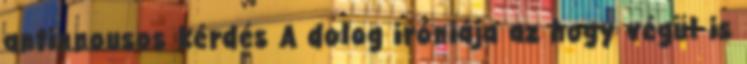
antinnousos kérdés A dolog iróniája az hogy végül is